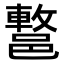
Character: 𨝩